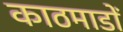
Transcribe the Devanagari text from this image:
काठमाडों